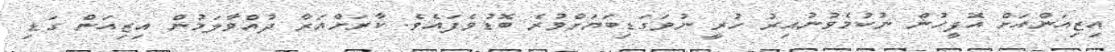
އިޒިއަންއަށް އޮފީހުން ނުކުމެވުނުއިރު ހުރީ ނުވަގަޑިބަޔަށްވުރެ ބޮޑުވެފައެވެ. ކާރަށްއަރާ ދުއްވާލަމުން އިޒިއަން ގަޑި